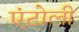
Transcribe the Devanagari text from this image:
एंटोली